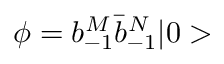
\phi = b _ { - 1 } ^ { M } \bar { b } _ { - 1 } ^ { N } \vert 0 >